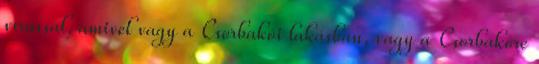
vírussal, amivel vagy a Csorbakõi lakásban, vagy a Csorbakõre